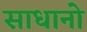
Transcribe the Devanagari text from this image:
साधानो